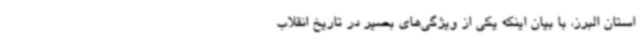
استان البرز، با بیان اینکه یکی از ویژگی‌های بصیر در تاریخ انقلاب